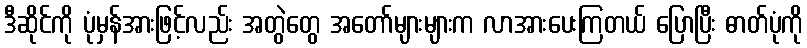
ဒီဆိုင်ကို ပုံမှန်အားဖြင့်လည်း အတွဲတွေ အတော်များများက လာအားပေးကြတယ် ပြောပြီး ဓာတ်ပုံကို